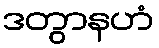
ဒတွာနဟံ